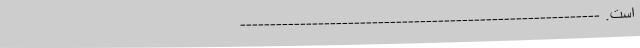
است. ------------------------------------------------------------